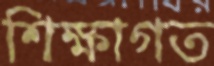
শিক্ষাগত